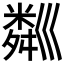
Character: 𥻘